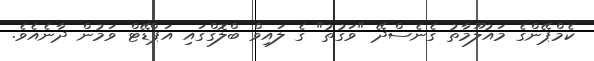
ކެމްޕޭންގެ މައުލޫމާތު ގެނެސްދޭ "ވަގުތު" ގެ ލައިވް ބްލޮގްގައި އަޕްޑޭޓް ވަމުން ދާނެއެވެ.